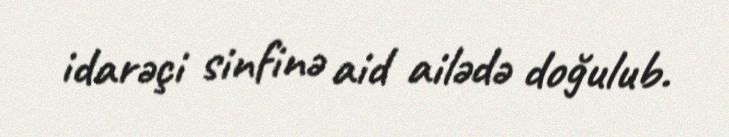
idarəçi sinfinə aid ailədə doğulub.